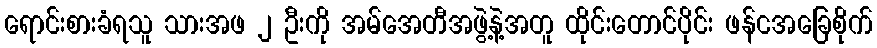
ရောင်းစားခံရသူ သားအဖ ၂ ဦးကို အမ်အေတီအဖွဲ့နဲ့အတူ ထိုင်းတောင်ပိုင်း ဖန်ငအခြေစိုက်